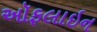
ઑફલાઇન